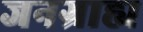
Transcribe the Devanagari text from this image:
जनग्राह्य